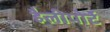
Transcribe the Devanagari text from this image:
हैलीपोर्ट